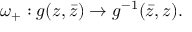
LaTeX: \omega _ { + } : g ( z , \bar { z } ) \to g ^ { - 1 } ( \bar { z } , z ) .